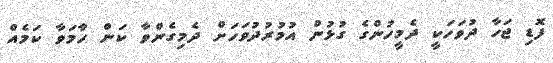
ފޮޑި ޖަހާ ދުވަހަކީ ދެމީހުންގެ ގުޅުން އުމުރުދުވަހަށް ދެމިގެންވާ ކަން ހާމަވާ ކަމެއް